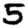
Digit: 5